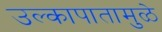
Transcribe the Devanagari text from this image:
उल्कापातामुळे